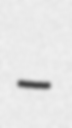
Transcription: –